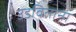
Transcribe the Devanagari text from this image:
उडविताना